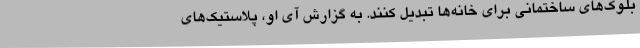
بلوک‌های ساختمانی برای خانه‌ها تبدیل کنند. به گزارش آی او، پلاستیک‌های